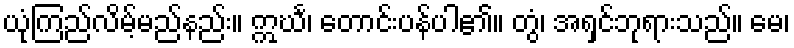
ယုံကြည်လိမ့်မည်နည်း။ ဣင်္ဃ၊ တောင်းပန်ပါ၏။ တွံ၊ အရှင်ဘုရားသည်။ မေ၊